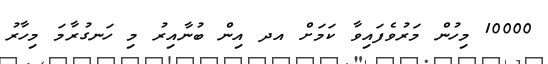
10000 މިހުން މަރުވެފައިވާ ކަަމަށް އދ އިން ބުނާއިރު މި ހަނގުރާމަ މިހާރު